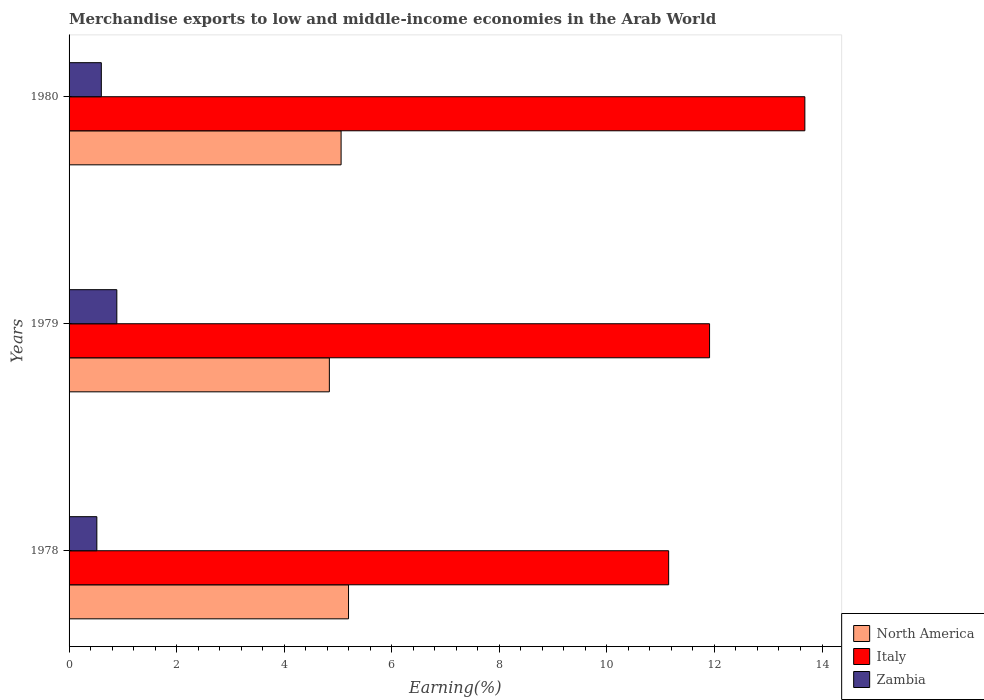
| Years | North America | Italy | Zambia |
 | --- | --- | --- | --- |
 | 1978 | 5.2 | 11.1 | 0.517 |
 | 1979 | 4.84 | 11.9 | 0.888 |
 | 1980 | 5.06 | 13.7 | 0.6 |